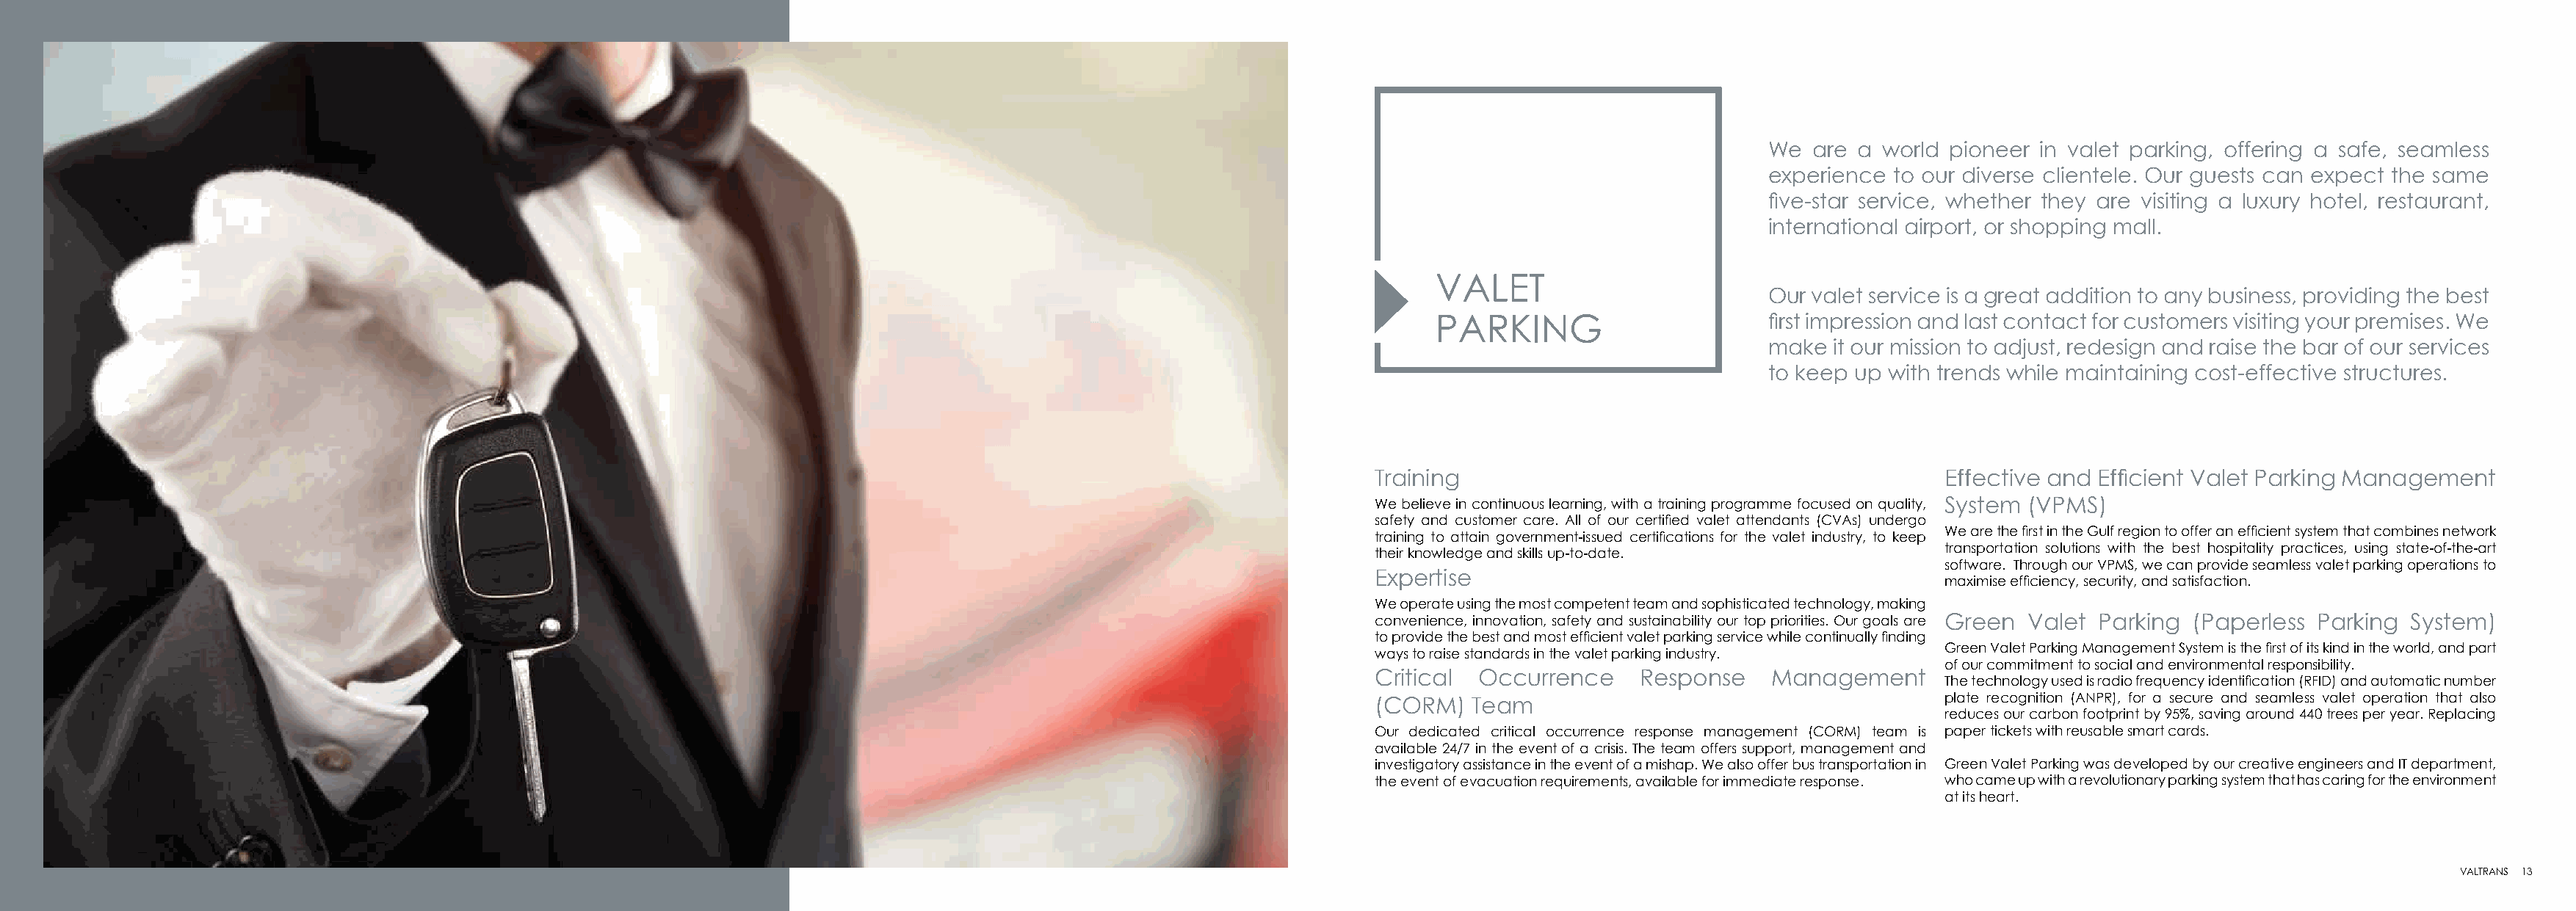
We  are  a world pioneer in valet parking, offering a safe, seamless
 experience  to our diverse clientele. Our guests can expect the same
 five-star service, whether they are visiting a luxury hotel, restaurant,
 international airport, or shopping mall.
 VALET
 Our valet service is a great addition to any business, providing the best
 PARKING                       first impression and last contact for customers visiting your premises. We
 make  it our mission to adjust, redesign and raise the bar of our services
 to keep up with trends while maintaining cost-effective structures.
 Training                                           Effective and Efficient Valet Parking Management
 We believe in continuous learning, with a training programme focused on quality, System (VPMS)
 safety and customer care. All of our certified valet attendants (CVAs) undergo
 We are the first in the Gulf region to offer an efficient system that combines network
 training to attain government-issued certifications for the valet industry, to keep
 transportation solutions with the best hospitality practices, using state-of-the-art
 their knowledge and skills up-to-date.
 software. Through our VPMS, we can provide seamless valet parking operations to
 Expertise
 maximise efficiency, security, and satisfaction.
 We operate using the most competent team and sophisticated technology, making
 convenience, innovation, safety and sustainability our top priorities. Our goals are Green Valet Parking (Paperless Parking System)
 to provide the best and most efficient valet parking service while continually finding
 Green Valet Parking Management System is the first of its kind in the world, and part
 ways to raise standards in the valet parking industry.
 of our commitment to social and environmental responsibility.
 Critical Occurrence     Response    Management
 The technology used is radio frequency identification (RFID) and automatic number
 plate recognition (ANPR), for a secure and seamless valet operation that also
 (CORM)   Team
 reduces our carbon footprint by 95%, saving around 440 trees per year. Replacing
 Our dedicated critical occurrence response management (CORM) team is paper tickets with reusable smart cards.
 available 24/7 in the event of a crisis. The team offers support, management and
 investigatory assistance in the event of a mishap. We also offer bus transportation in Green Valet Parking was developed by our creative engineers and IT department,
 the event of evacuation requirements, available for immediate response. who came up with a revolutionary parking system that has caring for the environment
 at its heart.
 12 VALTRANS                                                                                                                                                                                                               VALTRANS 13